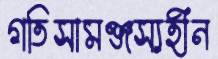
গতিসামঞ্জস্যহীন